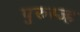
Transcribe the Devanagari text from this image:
पुरुस्ज्ह